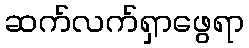
ဆက်လက်ရှာဖွေရာ